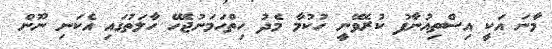
މާނަ އަކީ އިސްތިއުނާފު ކުރެވޭނީ ހުކުމާ މެދު ހިތްހަމަނުޖެހޭ ހާލަތުގައި އެކަނި ނޫން